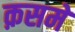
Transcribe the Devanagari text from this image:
क़समे